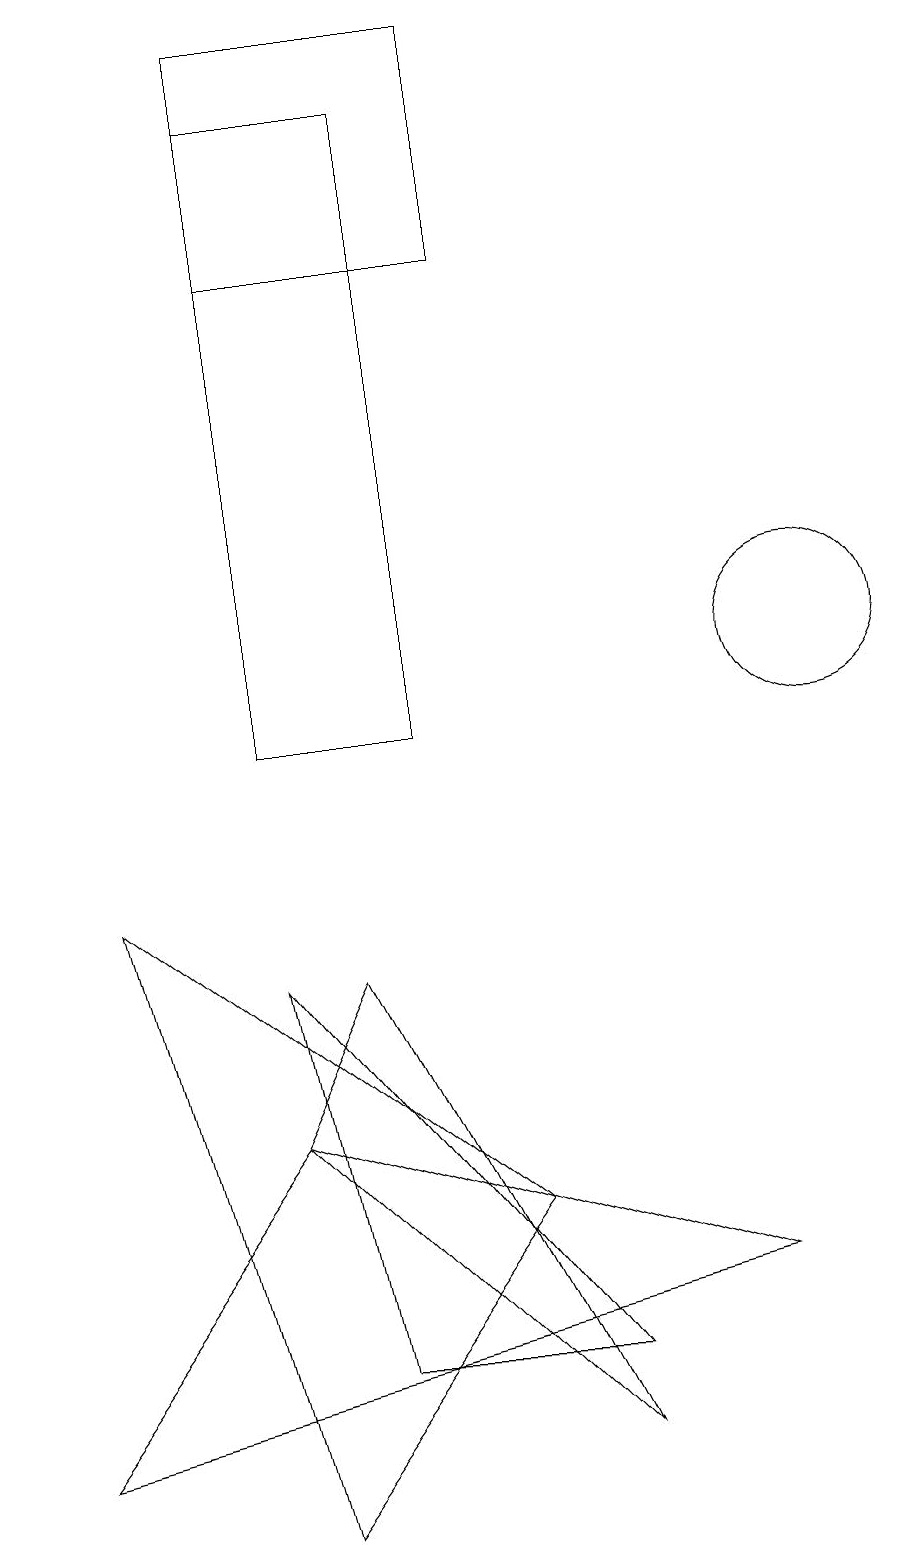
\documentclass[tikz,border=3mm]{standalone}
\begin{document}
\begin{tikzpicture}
\draw (3,5) -- (4,7) -- (7,1) -- cycle;
\draw (5,18) rectangle (3,10);
\draw (10,11) circle (1);
\draw (6,16) rectangle (3,19);
\draw (1,8) -- (6,4) -- (3,0) -- cycle;
\draw (4,2) -- (7,2) -- (3,7) -- cycle;
\draw (3,5) -- (0,1) -- (9,3) -- cycle;
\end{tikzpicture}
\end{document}